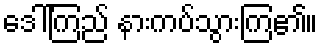
ဒေါ်ကြည် နားကပ်သွားကြ၏။